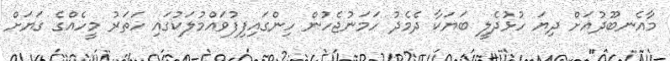
މާއެނބޫދުއަށް ދިޔަ ހުޅުދެލީ ބަޔަކާ ދެމެދު ހަމަނުޖެހުން ހިންގައިފިފުވައްމުލަކުގައި ހަތަރު މީހެއްގެ ގަޔަށް